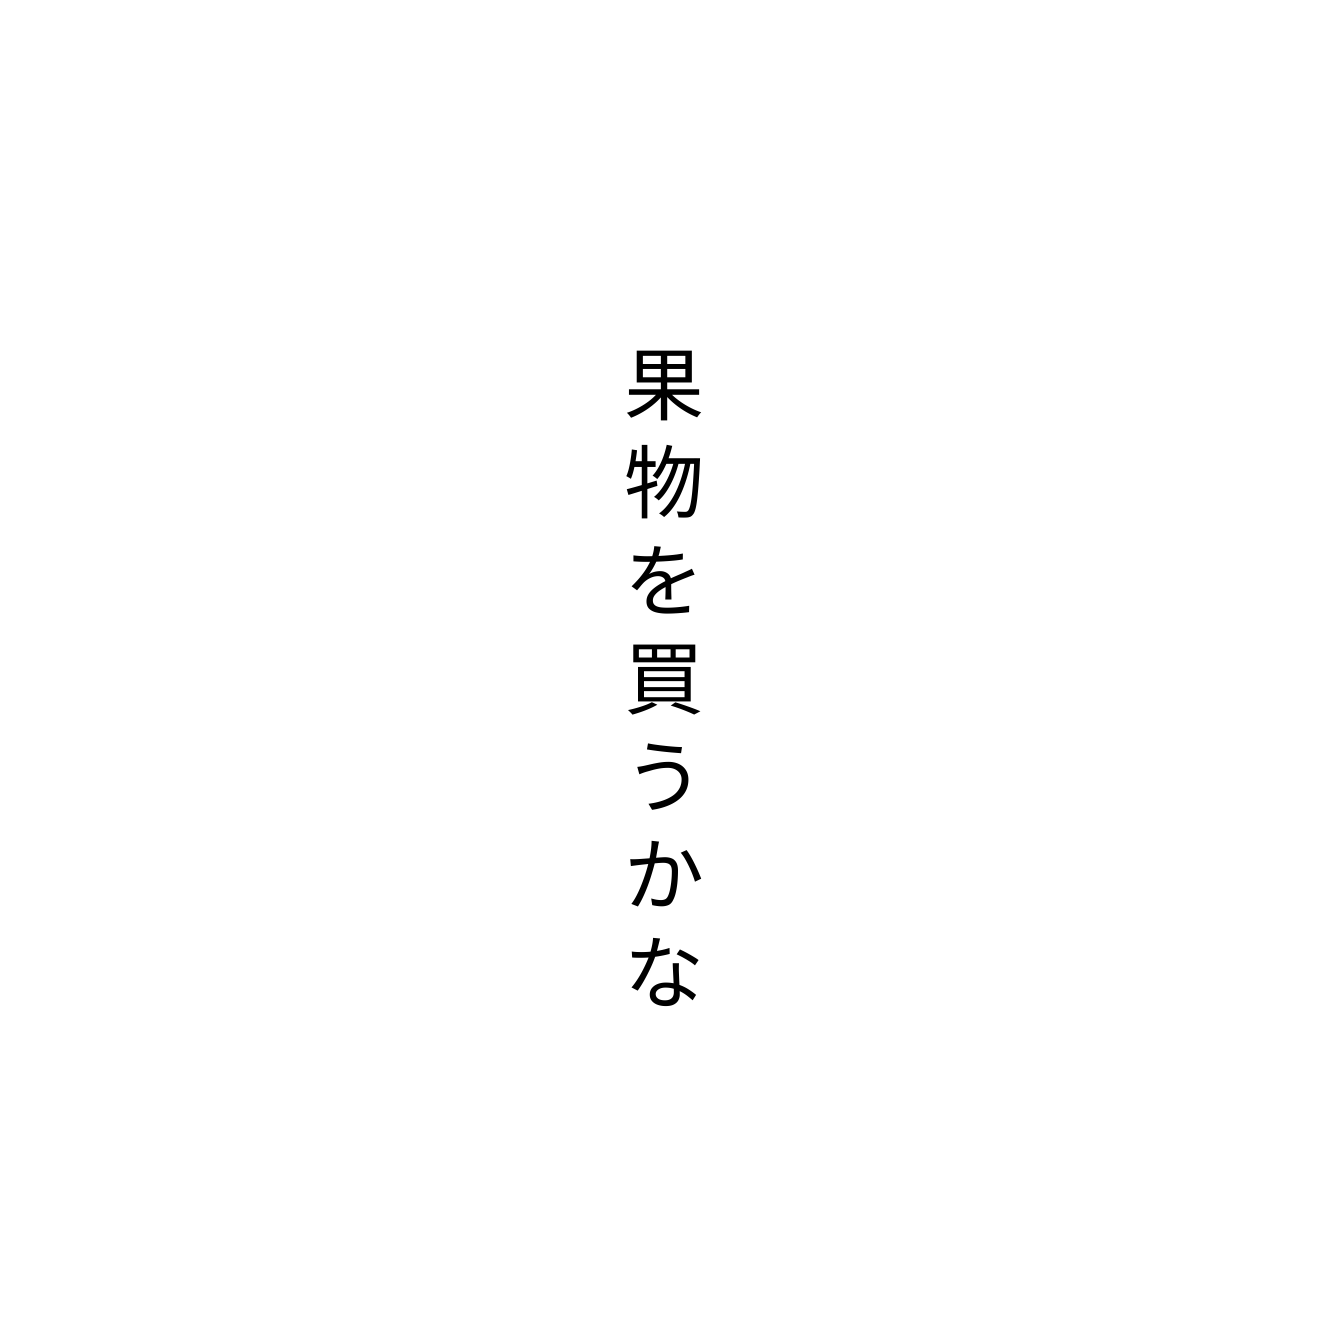
果物を買うかな